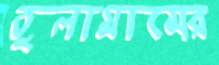
তুলাগ্রামের